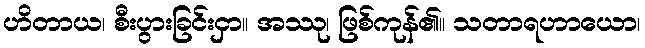
ဟိတာယ၊ စီးပွားခြင်းငှာ။ အဿု၊ ဖြစ်ကုန်၏။ သတာရဟာယော၊